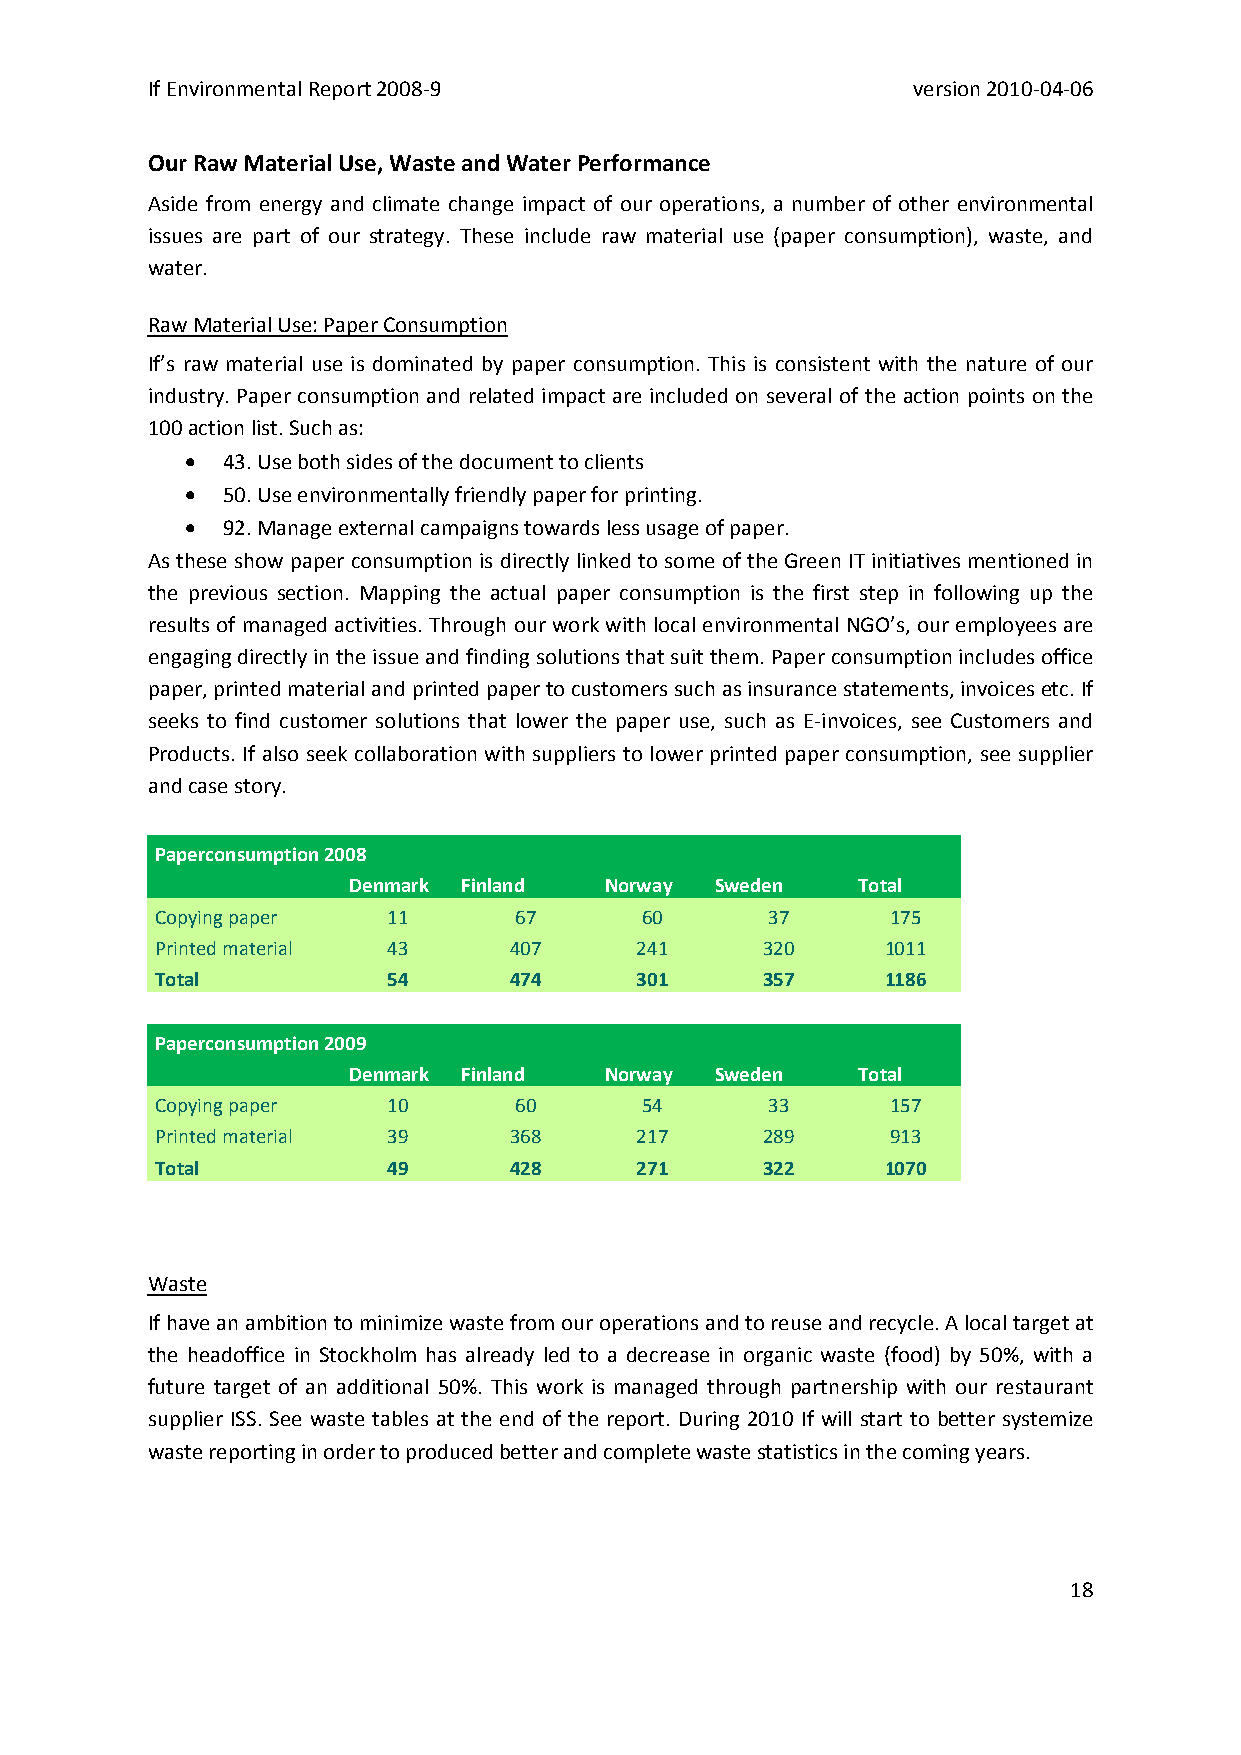
If Environmental Report 2008‐9                    version 2010‐04‐06
 Our Raw Material Use, Waste and Water Performance
 Aside from energy and climate change impact of our operations, a number of other environmental
 issues are part of our strategy. These include raw material use (paper consumption), waste, and
 water.
 Raw Material Use: Paper Consumption
 If’s raw material use is dominated by paper consumption. This is consistent with the nature of our
 industry. Paper consumption and related impact are included on several of the action points on the
 100 action list. Such as:
 •  43. Use both sides of the document to clients
 •  50. Use environmentally friendly paper for printing.
 •  92. Manage external campaigns towards less usage of paper.
 As these show paper consumption is directly linked to some of the Green IT initiatives mentioned in
 the previous section. Mapping the actual paper consumption is the first step in following up the
 results of managed activities. Through our work with local environmental NGO’s, our employees are
 engaging directly in the issue and finding solutions that suit them. Paper consumption includes office
 paper, printed material and printed paper to customers such as insurance statements, invoices etc. If
 seeks to find customer solutions that lower the paper use, such as E‐invoices, see Customers and
 Products. If also seek collaboration with suppliers to lower printed paper consumption, see supplier
 and case story.
 Paperconsumption 2008
 Denmark Finland  Norway Sweden    Total
 Copying paper   11      67      60       37      175
 Printed material 43     407     241     320      1011
 Total           54      474     301     357      1186
 Paperconsumption 2009
 Denmark Finland  Norway Sweden    Total
 Copying paper   10      60      54       33      157
 Printed material 39     368     217     289      913
 Total           49      428     271     322      1070
 Waste
 If have an ambition to minimize waste from our operations and to reuse and recycle. A local target at
 the headoffice in Stockholm has already led to a decrease in organic waste (food) by 50%, with a
 future target of an additional 50%. This work is managed through partnership with our restaurant
 supplier ISS. See waste tables at the end of the report. During 2010 If will start to better systemize
 waste reporting in order to produced better and complete waste statistics in the coming years.
 18